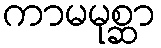
ကာမမုစ္ဆာ